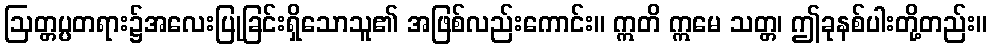
ဩတ္တပ္ပတရား၌အလေးပြုခြင်းရှိသောသူ၏ အဖြစ်လည်းကောင်း။ ဣတိ ဣမေ သတ္တ၊ ဤခုနစ်ပါးတို့တည်း။